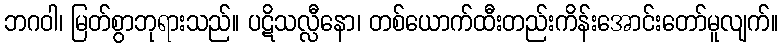
ဘဂဝါ၊ မြတ်စွာဘုရားသည်။ ပဋိသလ္လီနော၊ တစ်ယောက်ထီးတည်းကိန်းအောင်းတော်မူလျက်။